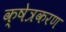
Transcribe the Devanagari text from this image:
क्षेत्रकरण